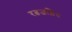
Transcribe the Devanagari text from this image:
रत्नजड़ित